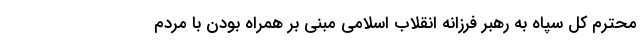
محترم کل سپاه به رهبر فرزانه انقلاب اسلامی مبنی بر همراه بودن با مردم